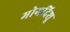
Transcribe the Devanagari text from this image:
मोगदिशू